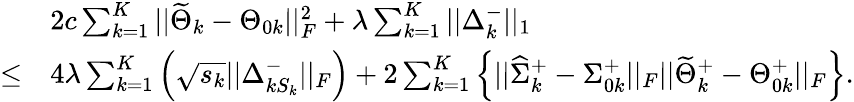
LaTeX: \begin{array}{rl}&{2c\sum_{k=1}^{K}||\widetilde{\Theta}_{k}-\Theta_{0k}||_{F}^{2}+\lambda\sum_{k=1}^{K}||\Delta_{k}^{-}||_{1}}\\ {\leq}&{4\lambda\sum_{k=1}^{K}\left(\sqrt{s_{k}}||\Delta_{kS_{k}}^{-}||_{F}\right)+2\sum_{k=1}^{K}\Big\{ ||\widehat{\Sigma}_{k}^{+}-\Sigma_{0k}^{+}||_{F}||\widetilde{\Theta}_{k}^{+}-\Theta_{0k}^{+}||_{F}\Big\} .}\end{array}